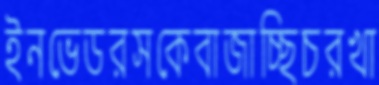
ইনভেডরসকেবাজাচ্ছিচরখা